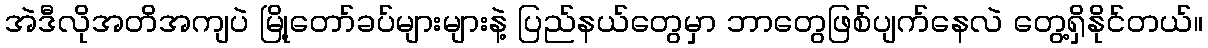
အဲဒီလိုအတိအကျပဲ မြို့တော်ခပ်များများနဲ့ ပြည်နယ်တွေမှာ ဘာတွေဖြစ်ပျက်နေလဲ တွေ့ရှိနိုင်တယ်။